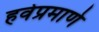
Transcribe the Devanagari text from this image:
हवेप्रमाणे